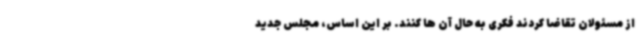
از مسئولان تقاضا کردند فکری به حال آن ها کنند. بر این اساس، مجلس جدید